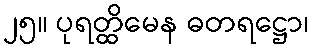
၂၅။ ပုရတ္ထိမေန ဓတရဋ္ဌော၊